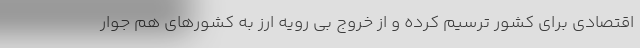
اقتصادی برای کشور ترسیم کرده و از خروج بی رویه ارز به کشورهای هم جوار